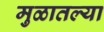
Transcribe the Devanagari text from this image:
मुळातल्या